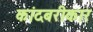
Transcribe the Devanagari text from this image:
कांदबरीकार